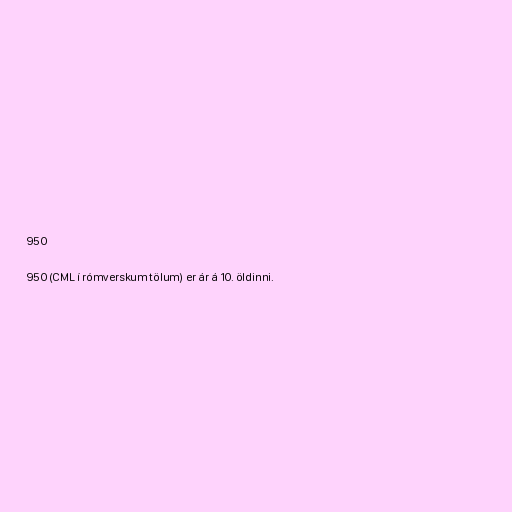
950

950 (CML í rómverskum tölum) er ár á 10. öldinni.